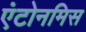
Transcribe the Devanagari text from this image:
एंटोनमिस